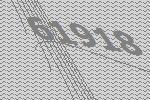
61918